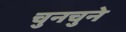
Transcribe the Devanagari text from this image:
चुनचुने